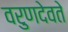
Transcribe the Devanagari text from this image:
वरुणदेवते